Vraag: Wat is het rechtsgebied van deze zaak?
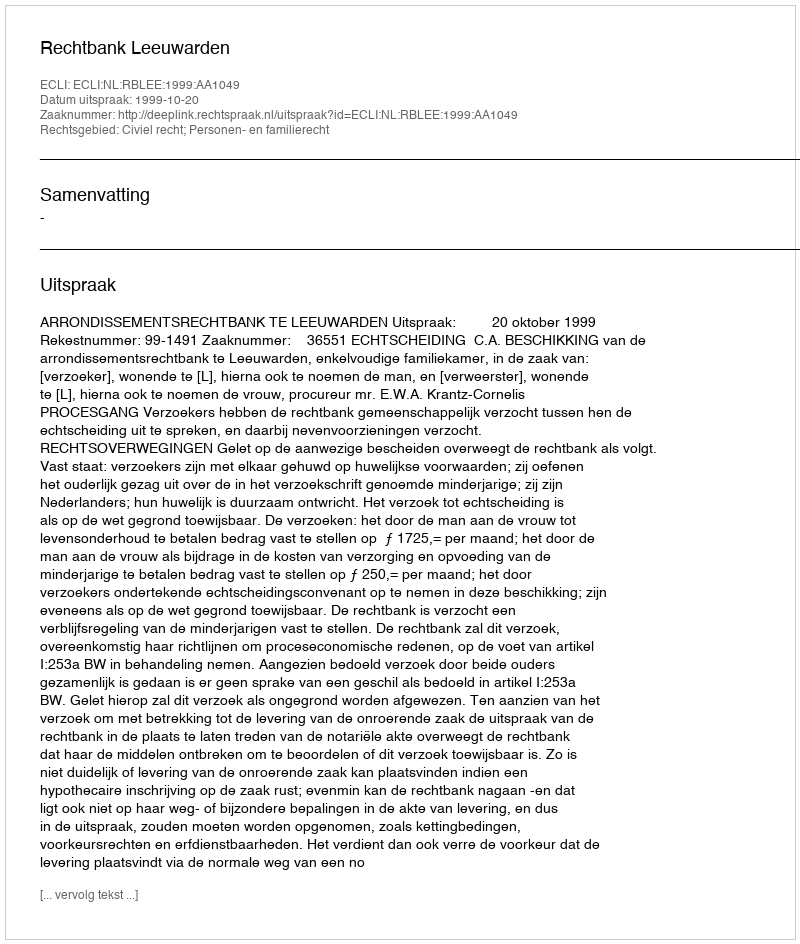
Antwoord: Civiel recht; Personen- en familierecht